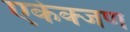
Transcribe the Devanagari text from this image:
एकेक्जण